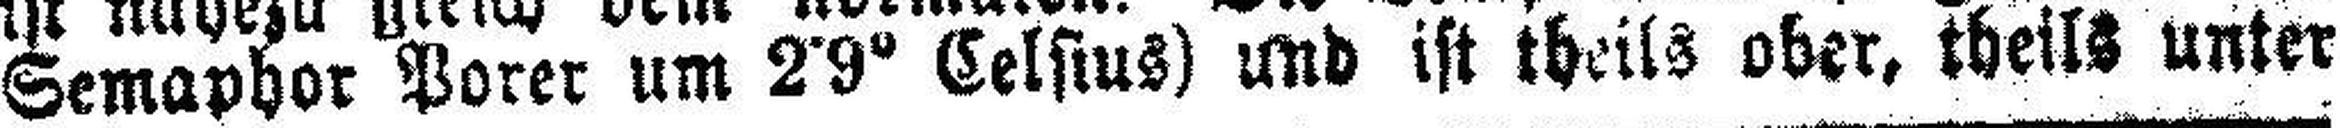
Semaphor Porer um 2•9° Celsius) und ist theils ober, theils unter